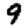
Digit: 9